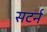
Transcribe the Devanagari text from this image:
सटर्न